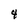
Character: 4